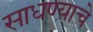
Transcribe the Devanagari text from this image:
साधण्‍याचे